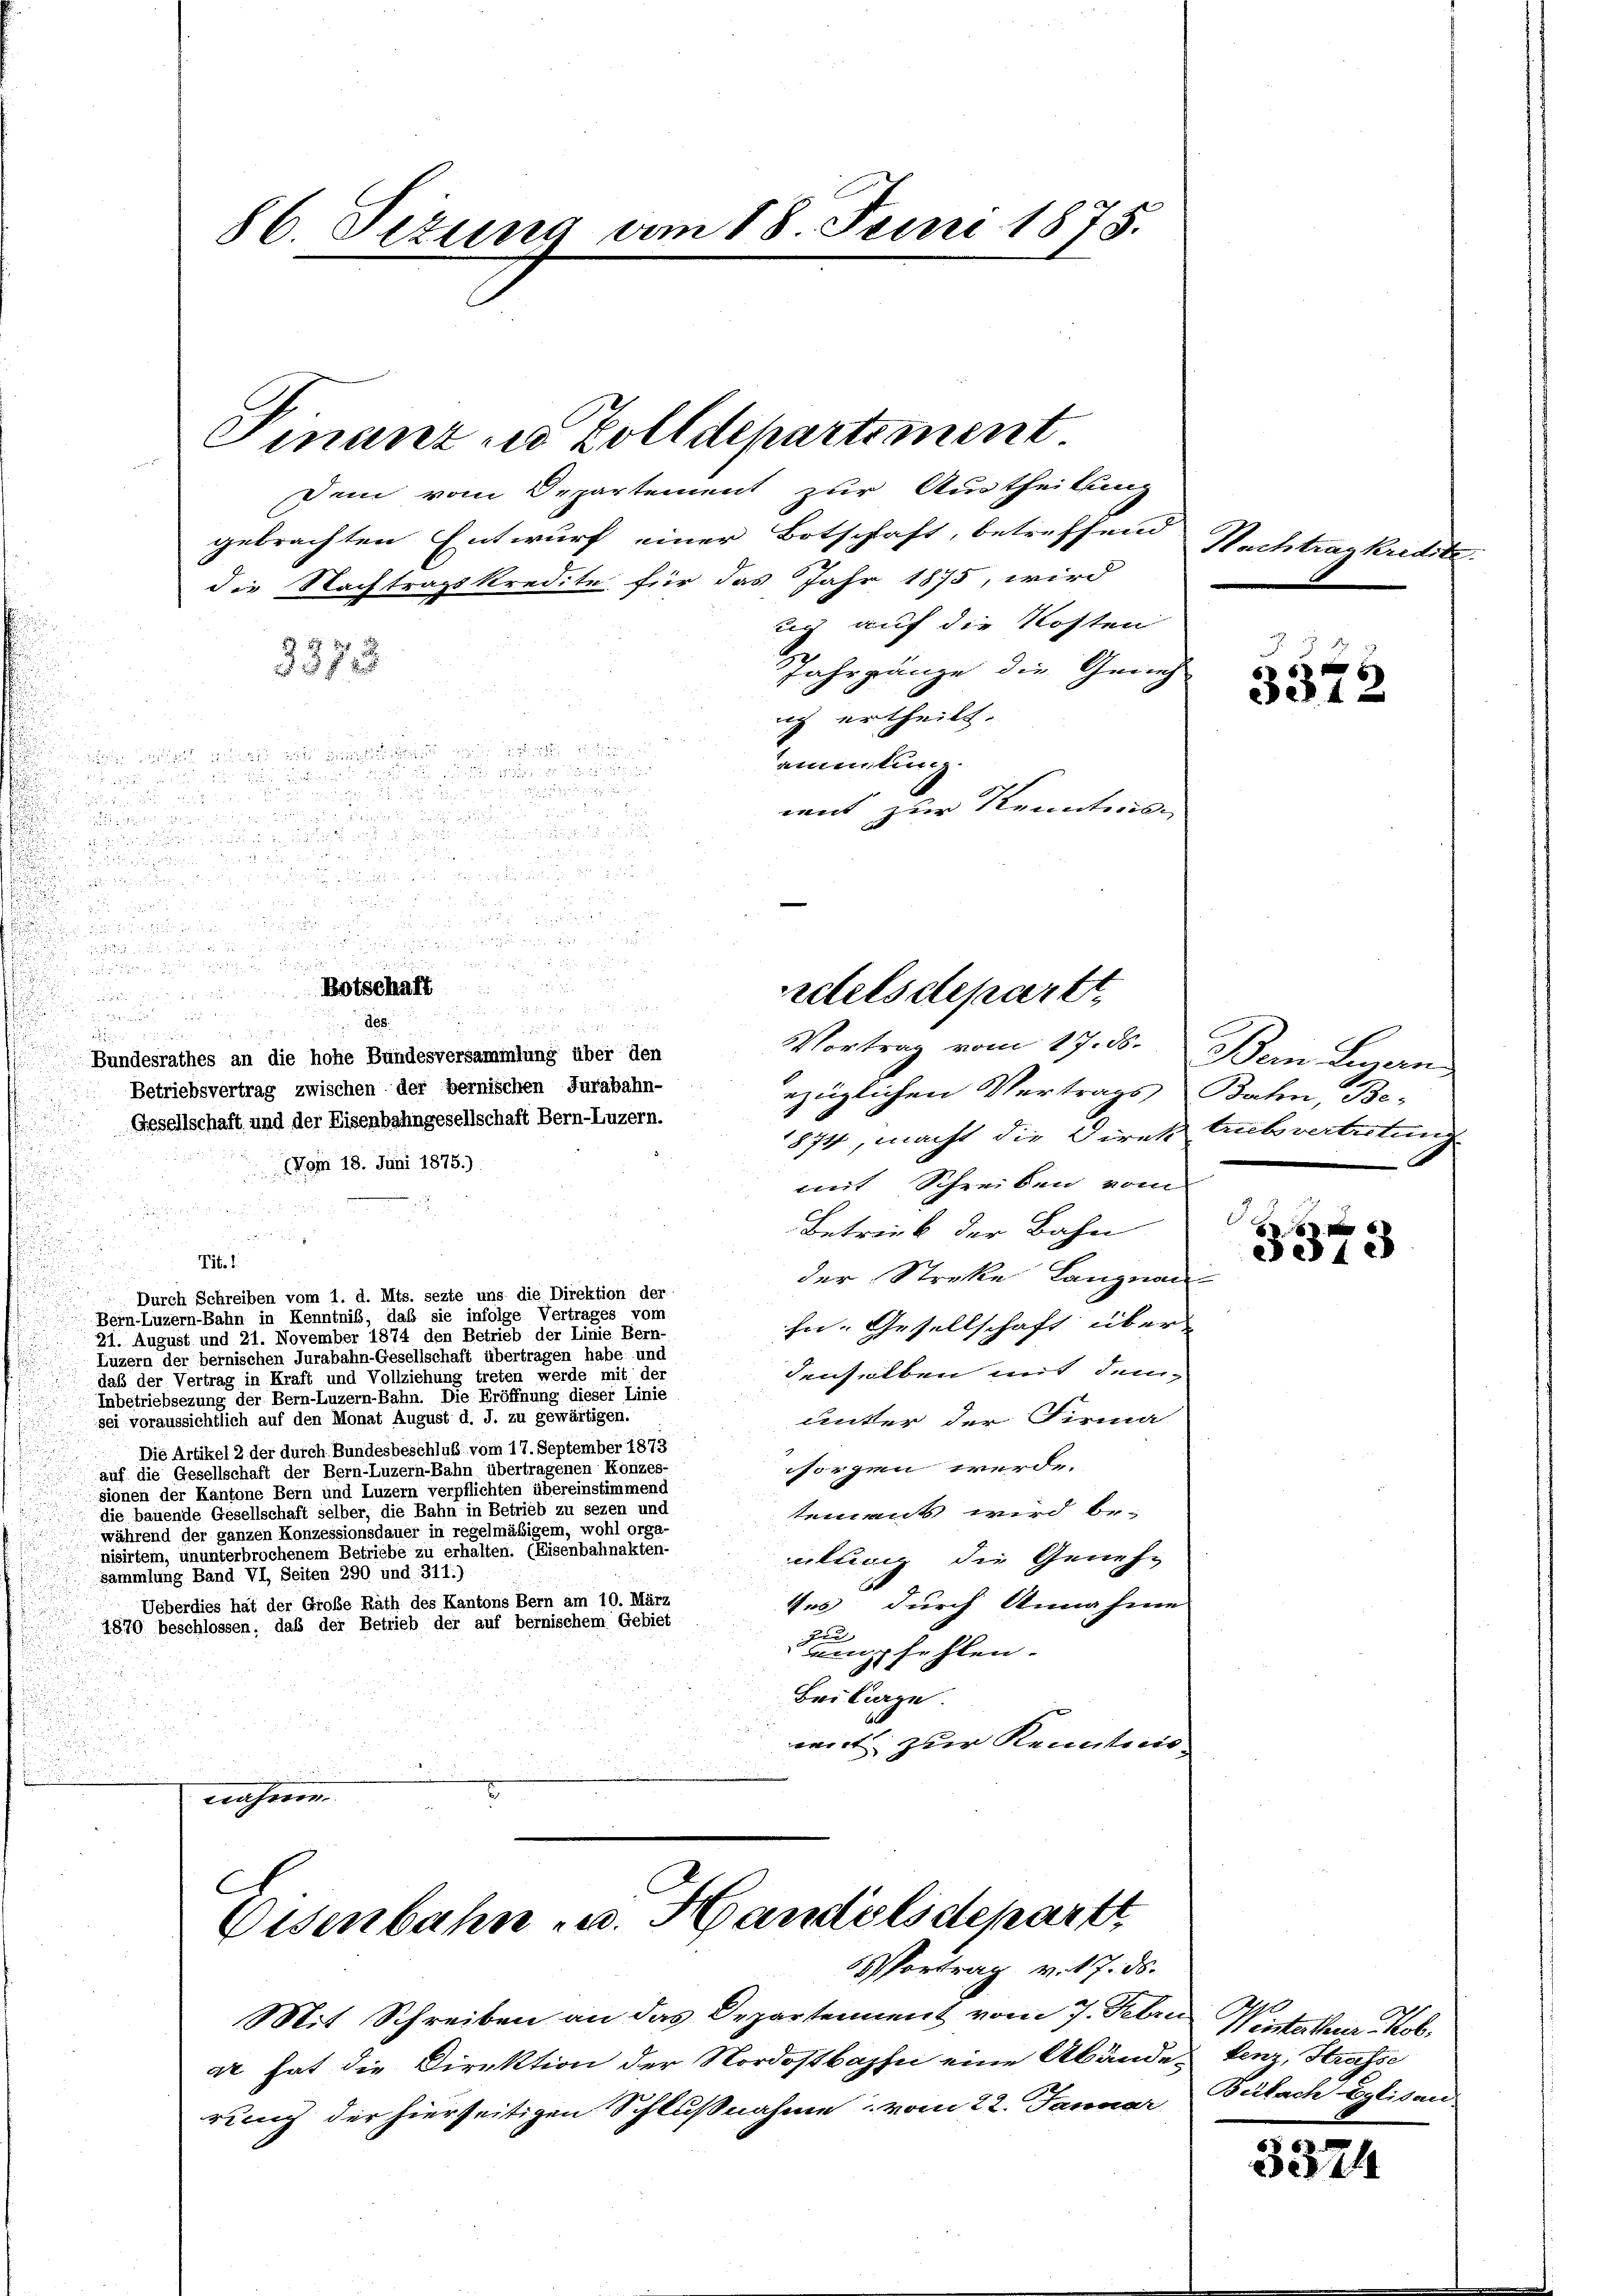
,

86. Sizung am 18. Juni 1875.

gebrachten Entwurf einer Botschaft, betreffend
die Nachtragskredite für das Jahr 1875, wird
ug auf die Kosten
287
Jahrgänze die Gerich
ng ertheilt.
u

ammlung.

mit zur Kenntens
ndt und

u

ezüglichen Vertrags Bahn, Be¬
1874, macht die Direk Aubvertretung
mit Schreiben vom
Betreib der Bahn
Tit. 1
.
der Streke Langnau
Durch Schreiben vom 1. d. Mts. sezte uns die Direktion der
Bern Luzern-Bahn in Kenntniß, daß sie infolge Vertrages vom
hn. Gesellschaft über
21. August und 21. November 1874 den Betrieb der Linie Bern-
Luzern der bernischen Jurabahn-Gesellschaft übertragen habe und
denselben mit dem-
daß der Vertrag in der und Vollziehung einen gegen den eine eine
Inbetriebsezung der Bern-Luzern-Bahn. Die Eröffnung dieser Linie
unter der Firma
sei voraussichtlich auf den Monat August d. J. zu gewärtigen.
Die Artikel 2 der durch Bundesbeschluß vom 17. September 1873
sorgen werde.
auf die Gesellschaft der Bern-Luzern-Bahn übertragenen Konzes-
sionen der Kantone Bern und Luzern verpflichten übereinstimmend
eene Gelegen eine eine eine eine eine er seine eine
tements wird be-
während der ganzen Konzessionsdauer in regelmäßigem, worde
nisirtem, ununterbrochenem Betriebe zu erhalten. (Eisenbahnakten-
utung die Geneh-
Sammlung Band VI, Seiten 290 und 311.)
Ueberdies hat der Große Rath des Kantons Bern am 10. März
tes durch Annahme
1870 beschlossen, das der Betrieb der auf bernischem Gebiet
empfehlen.
Bei Carge.
weit zur Kenntnis
nahmen.

Bundesrathes an die hohe Bundesversammlung über den
Betriebsvertrag zwischen der bernischen Jurabahn-
Gesellschaft und der Eisenbahngesellschaft Bern-Luzern.
(Vom 18. Juni 1875.)

Finanz in Zolldepartement
Dem vom Departement zur Austheilung

etels departt
Vortrag vom 17. ds. Bein Luzern

C
Eisenbahn u. Handelsdepartt,
 Portrag v. 17. ds.

Mit Schreiben an das Departement vom 7. Febru Wintetter Kob
ar hat die Direktion der Nordostbahn eine Abände Lenz, Strasse
rung der hierseitigen Schlußnahme vom 22. Januar Bülach Eglisau

Nachtrag kredite.

5372

d.

6 x
e128

3324